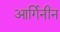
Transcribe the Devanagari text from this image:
आर्गिनीन